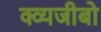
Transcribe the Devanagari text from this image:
क्व्यजीबो